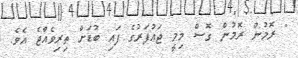
" ރޮމުން ރޮމުން ގޮސް މިމީ ޖައުފަރުގެ ފައި ބުޑަށް ތިރިވެއްޖެ އެވެ.